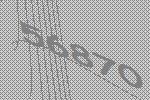
56870